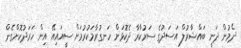
ދެމުން ދަނީ ބައްޝާރުލް އަސަދުގެ ސަރުކާރާ ދެކޮޅަށް ހަނގުރާމަކުރުމަށް ސީއައިއޭ އިން ހަރަދުކޮށްގެން